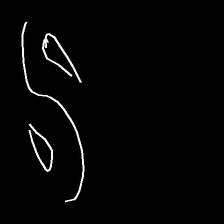
Glyph: water